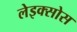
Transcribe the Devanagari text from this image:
लेइक्सोस